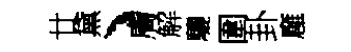
廿黛、膚解驪圍卦廱